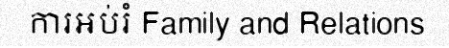
ការអប់រំ Family and Relations